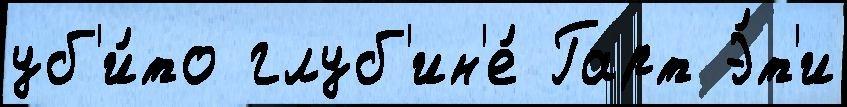
уб'и́то глуб'ин'е́ Гарт Э́т'и